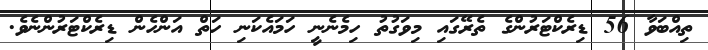
ތިއްބަވާ 56 ޑިރެކްޓަރުންގެ ތެރޭގައި މިވަގުތު ހިމެނެނީ ހަމައެކަނި ހަތް އަންހެން ޑިރެކްޓަރުންނެވެ.